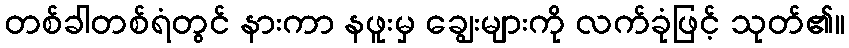
တစ်ခါတစ်ရံတွင် နားကာ နဖူးမှ ချွေးများကို လက်ခုံဖြင့် သုတ်၏။